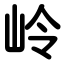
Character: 岭